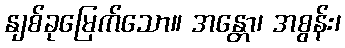
နျစ်ခုမြေက်သော။ အန္တော၊ အစွန်း၊